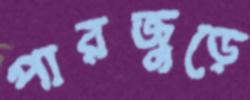
পারজুড়ে